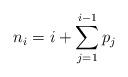
LaTeX: \begin{align*}n_i=i+\sum_{j=1}^{i-1}p_j\end{align*}